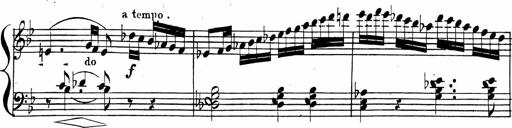
Title: 2 Piano Sonatinas
Composer: Ferdinand Ries